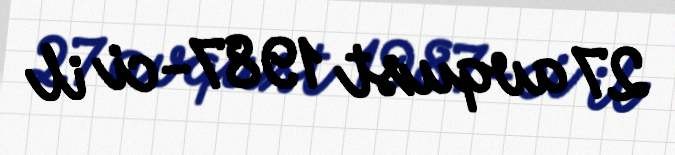
27 avqust 1987-ci il